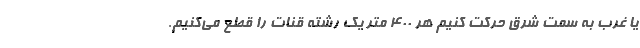
یا غرب به سمت شرق حرکت کنیم هر ۴۰۰ متر یک رشته قنات را قطع می‌کنیم.